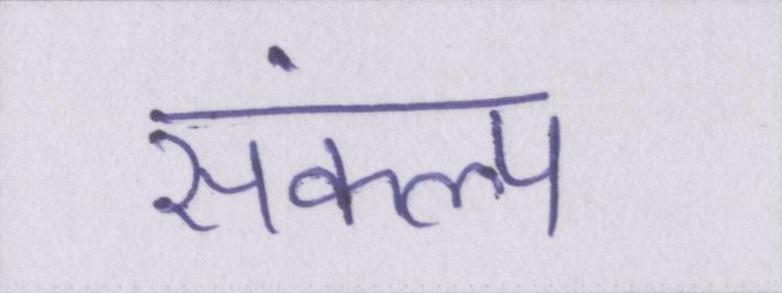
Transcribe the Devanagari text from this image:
संकल्प